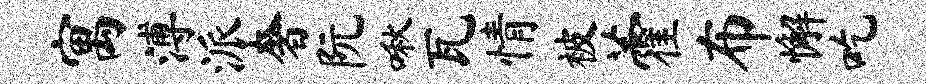
寓溥派奢阮啾瓦情被藿布懈吃